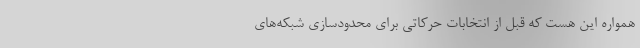
همواره اين هست كه قبل از انتخابات حركاتي براي محدودسازي شبكه‌هاي